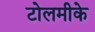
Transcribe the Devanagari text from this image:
टोलमीके